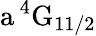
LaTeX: \mathrm{a\, ^{4}G_{11/2}}